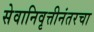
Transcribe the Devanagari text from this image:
सेवानिवृत्तीनंतरचा